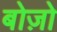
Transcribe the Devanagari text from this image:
बोज़ो